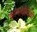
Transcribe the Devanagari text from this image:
कामाक्षीदेवी